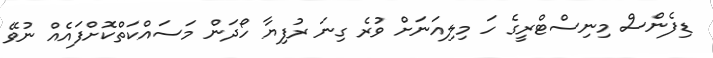
ޑިފެންސް މިނިސްޓްރީގެ ހަ މިލިއަނަށް ވުރެ ގިނަ ރުފިޔާ ހޯދަން މަސައްކަތްކޮށްފައެއް ނުވޭ